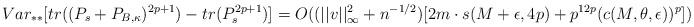
LaTeX: \begin{align*} Var_{**}[tr((P_s+P_{B,\kappa})^{2p+1})-tr(P_s^{2p+1})]= O((||v||^2_{\infty}+n^{-1/2})[2m \cdot s(M+\epsilon,4p) +p^{12p}(c(M,\theta,\epsilon))^{p}])\end{align*}